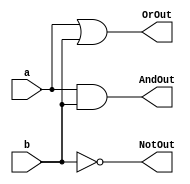
`timescale 1ns / 1ps

module ALU_LogicCore(a, b, AndOut, OrOut, NotOut);
input [3:0] a, b;
output [3:0] AndOut, OrOut, NotOut;

assign AndOut = a & b;
assign OrOut = a | b;
assign NotOut = ~b;

endmodule